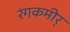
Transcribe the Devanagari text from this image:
रंगकमीर्